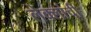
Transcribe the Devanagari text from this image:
लेक्लांची